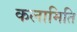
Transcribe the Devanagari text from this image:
कलामिति